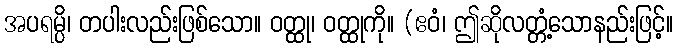
အပရမ္ပိ၊ တပါးလည်းဖြစ်သော။ ဝတ္ထု၊ ဝတ္ထုကို။ (ဧဝံ၊ ဤဆိုလတ္တံ့သောနည်းဖြင့်။